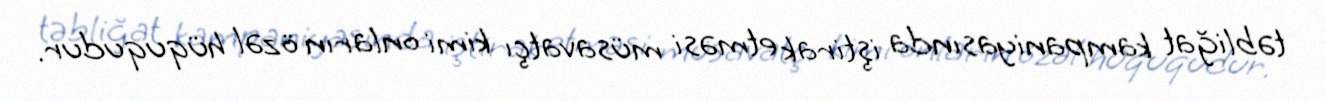
təbliğat kampaniyasında iştirak etməsi müsavatçı kimi onların özəl hüququdur.